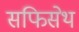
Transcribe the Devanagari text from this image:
सफिसेथ